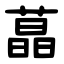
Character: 蕌